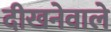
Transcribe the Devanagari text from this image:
दीखनेवाले